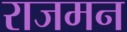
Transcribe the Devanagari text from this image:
राजमन